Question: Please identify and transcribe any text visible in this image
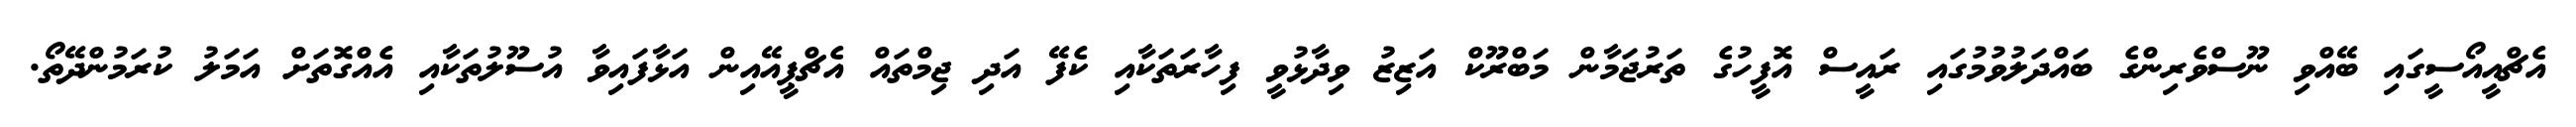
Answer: އެޗްއީއޯސީގައި ބޭއްވި ނޫސްވެރިންގެ ބައްދަލުވުމުގައި ރައީސް އޮފީހުގެ ތަރުޖަމާން މަބްރޫކް އަޒިޒު ވިދާޅުވީ ފިހާރަތަކާއި ކެފޭ އަދި ޖިމްތައް އެޗްޕީއޭއިން އަޅާފައިވާ އުސޫލުތަކާއި އެއްގޮތަށް އަމަލު ކުރަމުންދޭތޯ.